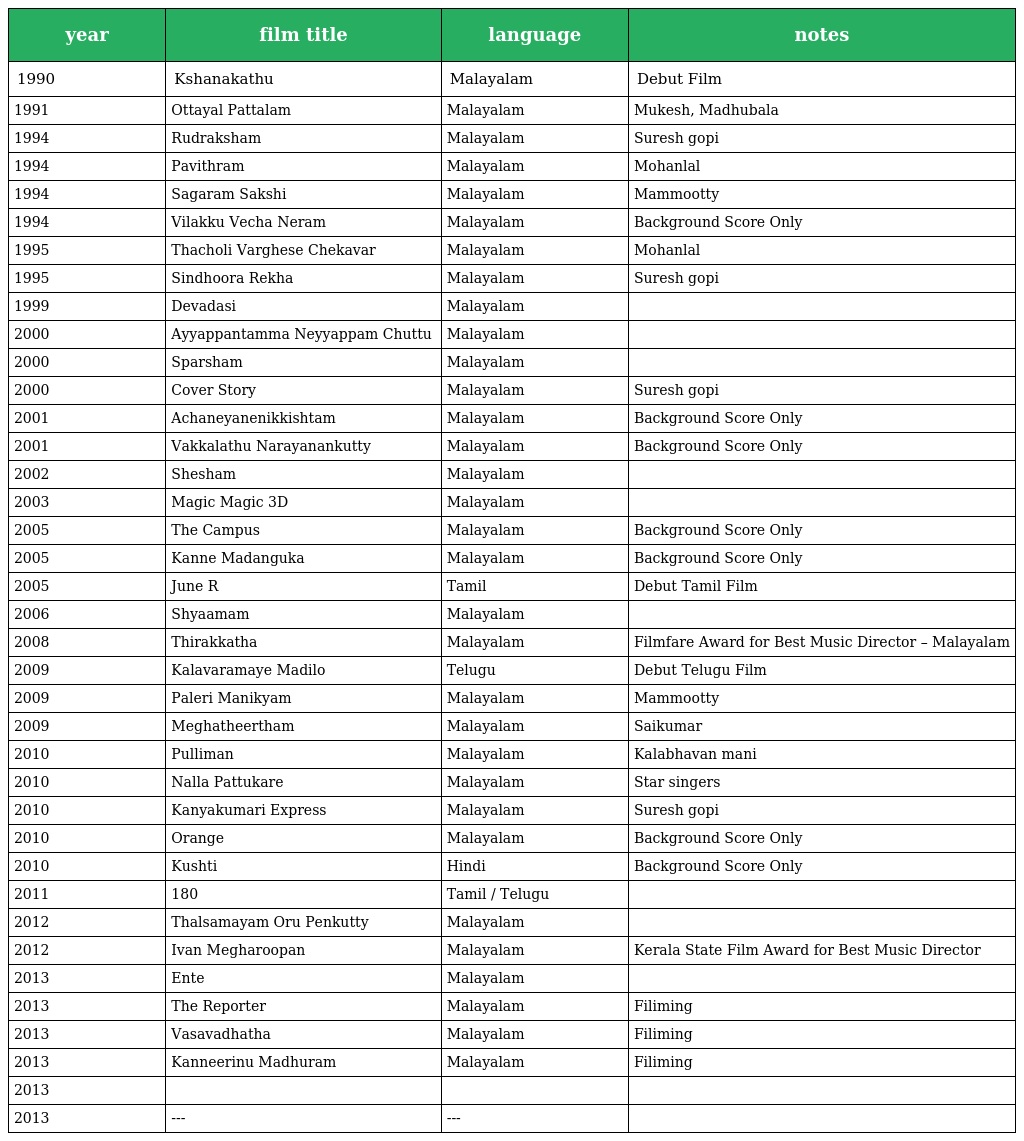
| year | film title | language | notes |
 | --- | --- | --- | --- |
 | 1990 | Kshanakathu | Malayalam | Debut Film |
 | 1991 | Ottayal Pattalam | Malayalam | Mukesh, Madhubala |
 | 1994 | Rudraksham | Malayalam | Suresh gopi |
 | 1994 | Pavithram | Malayalam | Mohanlal |
 | 1994 | Sagaram Sakshi | Malayalam | Mammootty |
 | 1994 | Vilakku Vecha Neram | Malayalam | Background Score Only |
 | 1995 | Thacholi Varghese Chekavar | Malayalam | Mohanlal |
 | 1995 | Sindhoora Rekha | Malayalam | Suresh gopi |
 | 1999 | Devadasi | Malayalam |  |
 | 2000 | Ayyappantamma Neyyappam Chuttu | Malayalam |  |
 | 2000 | Sparsham | Malayalam |  |
 | 2000 | Cover Story | Malayalam | Suresh gopi |
 | 2001 | Achaneyanenikkishtam | Malayalam | Background Score Only |
 | 2001 | Vakkalathu Narayanankutty | Malayalam | Background Score Only |
 | 2002 | Shesham | Malayalam |  |
 | 2003 | Magic Magic 3D | Malayalam |  |
 | 2005 | The Campus | Malayalam | Background Score Only |
 | 2005 | Kanne Madanguka | Malayalam | Background Score Only |
 | 2005 | June R | Tamil | Debut Tamil Film |
 | 2006 | Shyaamam | Malayalam |  |
 | 2008 | Thirakkatha | Malayalam | Filmfare Award for Best Music Director – Malayalam |
 | 2009 | Kalavaramaye Madilo | Telugu | Debut Telugu Film |
 | 2009 | Paleri Manikyam | Malayalam | Mammootty |
 | 2009 | Meghatheertham | Malayalam | Saikumar |
 | 2010 | Pulliman | Malayalam | Kalabhavan mani |
 | 2010 | Nalla Pattukare | Malayalam | Star singers |
 | 2010 | Kanyakumari Express | Malayalam | Suresh gopi |
 | 2010 | Orange | Malayalam | Background Score Only |
 | 2010 | Kushti | Hindi | Background Score Only |
 | 2011 | 180 | Tamil / Telugu |  |
 | 2012 | Thalsamayam Oru Penkutty | Malayalam |  |
 | 2012 | Ivan Megharoopan | Malayalam | Kerala State Film Award for Best Music Director |
 | 2013 | Ente | Malayalam |  |
 | 2013 | The Reporter | Malayalam | Filiming |
 | 2013 | Vasavadhatha | Malayalam | Filiming |
 | 2013 | Kanneerinu Madhuram | Malayalam | Filiming |
 | 2013 |  |  |  |
 | 2013 | --- | --- |  |